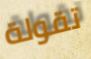
تقولة